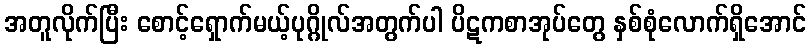
အတူလိုက်ပြီး စောင့်ရှောက်မယ့်ပုဂ္ဂိုလ်အတွက်ပါ ပိဋကစာအုပ်တွေ နှစ်စုံလောက်ရှိအောင်